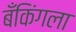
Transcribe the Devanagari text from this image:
बँकिंगला